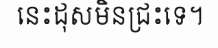
នេះដុសមិនជ្រះទេ។